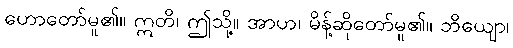
ဟောတော်မူ၏။ ဣတိ၊ ဤသို့။ အာဟ၊ မိန့်ဆိုတော်မူ၏။ ဘိယျော၊